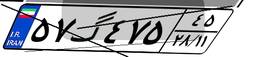
۵۷گ۴۷۵۴۵